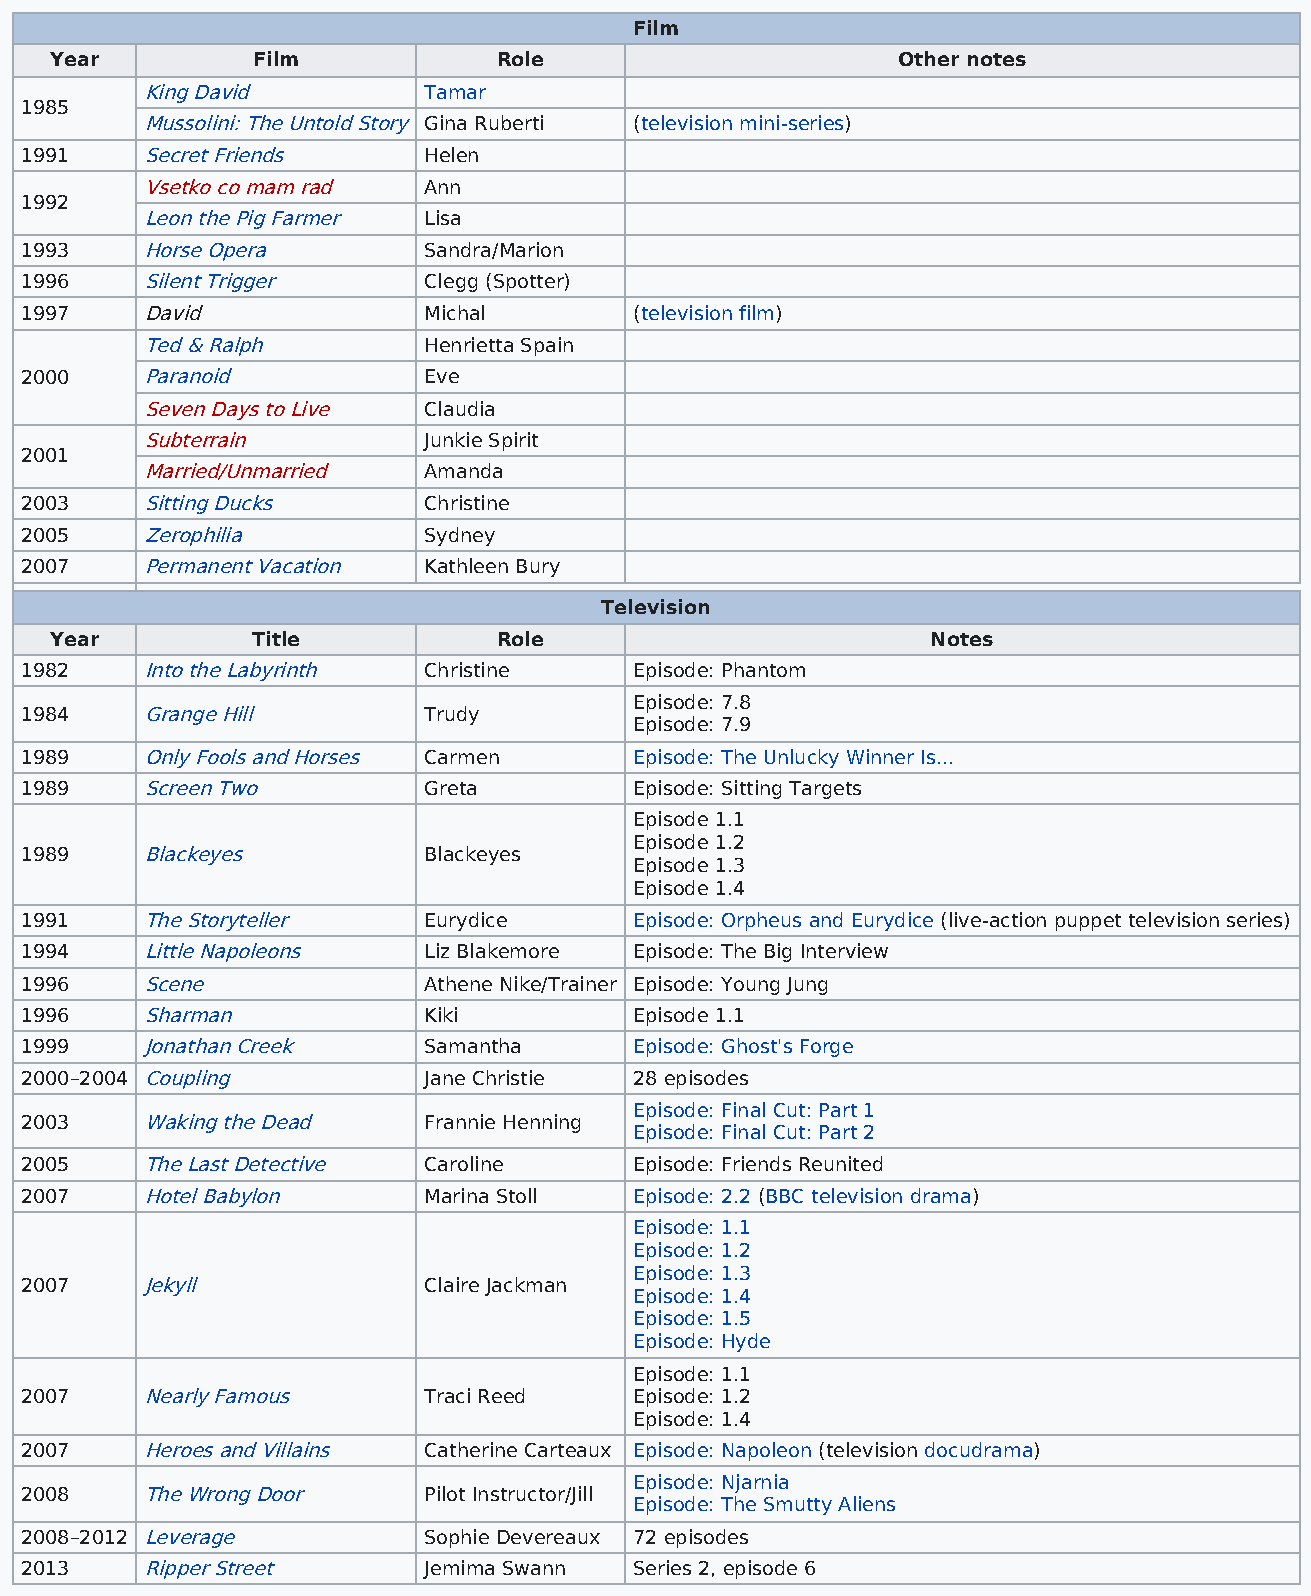
Film
 Year          Film            Role                      Other notes
 King David         Tamar
 1985
 Mussolini: The Untold Story Gina Ruberti (television mini-series)
 1991    Secret Friends     Helen
 Vsetko co mam rad  Ann
 1992
 Leon the Pig Farmer Lisa
 1993    Horse Opera        Sandra/Marion
 1996    Silent Trigger     Clegg (Spotter)
 1997    David              Michal        (television film)
 Ted & Ralph        Henrietta Spain
 2000    Paranoid           Eve
 Seven Days to Live Claudia
 Subterrain         Junkie Spirit
 2001
 Married/Unmarried  Amanda
 2003    Sitting Ducks      Christine
 2005    Zerophilia         Sydney
 2007    Permanent Vacation Kathleen Bury
 Television
 Year          Title           Role                         Notes
 1982    Into the Labyrinth Christine     Episode: Phantom
 Episode: 7.8
 1984    Grange Hill        Trudy
 Episode: 7.9
 1989    Only Fools and Horses Carmen     Episode: The Unlucky Winner Is...
 1989    Screen Two         Greta         Episode: Sitting Targets
 Episode 1.1
 Episode 1.2
 1989    Blackeyes          Blackeyes
 Episode 1.3
 Episode 1.4
 1991    The Storyteller    Eurydice      Episode: Orpheus and Eurydice (live-action puppet television series)
 1994    Little Napoleons   Liz Blakemore Episode: The Big Interview
 1996    Scene              Athene Nike/Trainer Episode: Young Jung
 1996    Sharman            Kiki          Episode 1.1
 1999    Jonathan Creek     Samantha      Episode: Ghost's Forge
 2000–2004 Coupling         Jane Christie 28 episodes
 Episode: Final Cut: Part 1
 2003    Waking the Dead    Frannie Henning
 Episode: Final Cut: Part 2
 2005    The Last Detective Caroline      Episode: Friends Reunited
 2007    Hotel Babylon      Marina Stoll  Episode: 2.2 (BBC television drama)
 Episode: 1.1
 Episode: 1.2
 Episode: 1.3
 2007    Jekyll             Claire Jackman
 Episode: 1.4
 Episode: 1.5
 Episode: Hyde
 Episode: 1.1
 2007    Nearly Famous      Traci Reed    Episode: 1.2
 Episode: 1.4
 2007    Heroes and Villains Catherine Carteaux Episode: Napoleon (television docudrama)
 Episode: Njarnia
 2008    The Wrong Door     Pilot Instructor/Jill
 Episode: The Smutty Aliens
 2008–2012 Leverage         Sophie Devereaux 72 episodes
 2013    Ripper Street      Jemima Swann  Series 2, episode 6